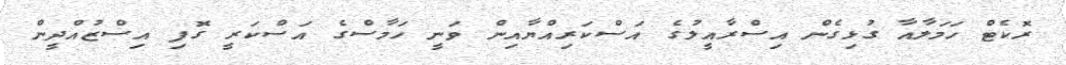
ރޮކެޓް ހަމަލާއާ ގުޅިގެން އިސްރާއީލުގެ އަސްކަރިއްޔާއިން ވަނީ ހަމާސްގެ އަސްކަރީ ގޮފި އިސްޒުއްދީން